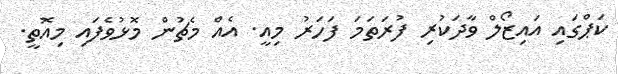
ކަޕްގައި އައިޒޯލް ވާދަކުރި ފުރަތަމަ ފަހަރު މިއީ. އެއް މެޗުން މޮޅުވެފައި މިއޮތީ.